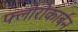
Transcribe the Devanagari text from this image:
फ्लोरोकार्बन